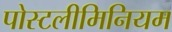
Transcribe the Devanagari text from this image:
पोस्टलीमिनियम